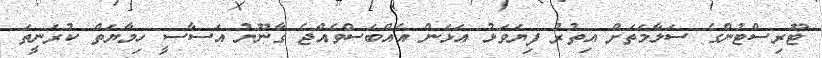
ޓޫރިސްޓުންގެ ސަލާމަތަށް އިތުރު ފިޔަވަޅު އަޅަން އެއްބަސްވެއްޖެ ގާނޫނު އަސާސީ ހިމާޔަތް ކުރަނީތަ